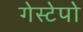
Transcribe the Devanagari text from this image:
गेस्टेपो